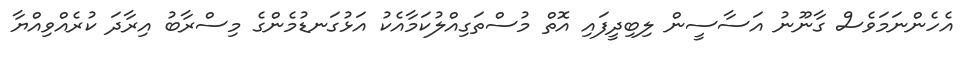
އެހެންނަމަވެސް ގާނޫނު އަސާސީން ލިބިދީފައި އޮތް މުސްތަގިއްލުކަމާއެކު އަޅުގަނޑުމެންގެ މިސްރާބު އިރާދަ ކުރެއްވިއްޔާ